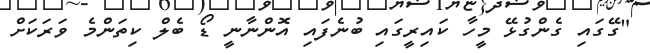
"ގޭގައި ގެންގުޅޭ މީހާ ކައިރީގައި ބުނެފައި އޮންނާނީ ޑޯ ބެލް ކިތަންމެ ވަރަކަށް